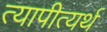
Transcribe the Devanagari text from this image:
त्यापीत्यर्थ